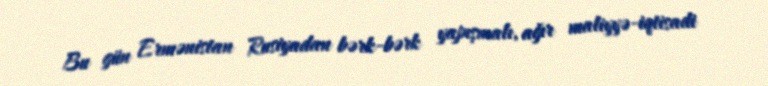
Bu gün Ermənistan Rusiyadan bərk-bərk yapışmalı, ağır maliyyə-iqtisadi